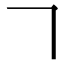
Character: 𠃍